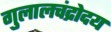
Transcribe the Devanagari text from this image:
गुलालचंद्रोदय